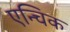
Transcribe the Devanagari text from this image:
एन्चिक